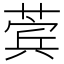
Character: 𬝯